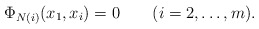
\begin{align*}\Phi_{N(i)}(x_1,x_i)=0\qquad(i=2,\ldots,m).\end{align*}